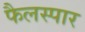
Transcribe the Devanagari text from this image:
फैलस्पार